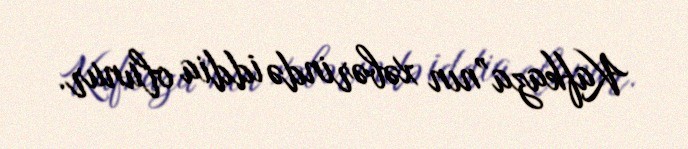
Kafkaza”nın xəbərində iddia olunur.